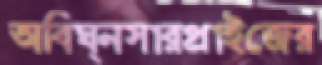
অবিঘ্নসারপ্রাইজের